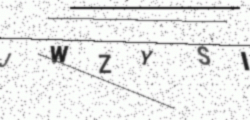
Text: JWZYSI